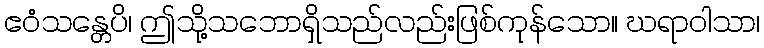
ဧဝံသန္တေပိ၊ ဤသို့သဘောရှိသည်လည်းဖြစ်ကုန်သော။ ဃရာဝါသာ၊